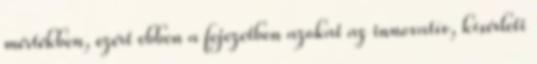
mértékben, ezért ebben a fejezetben azokat az innovatív, kísérleti